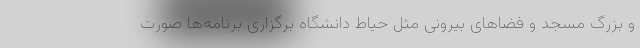
و بزرگ مسجد و فضاهای بیرونی مثل حیاط دانشگاه برگزاری برنامه‌ها صورت